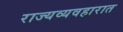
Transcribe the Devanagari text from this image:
राज्यव्यवहारात